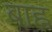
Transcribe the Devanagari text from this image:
बाह्न